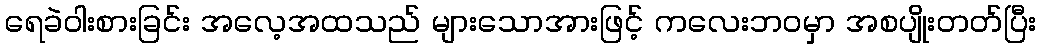
ရေခဲဝါးစားခြင်း အလေ့အထသည် များသောအားဖြင့် ကလေးဘဝမှာ အစပျိုးတတ်ပြီး